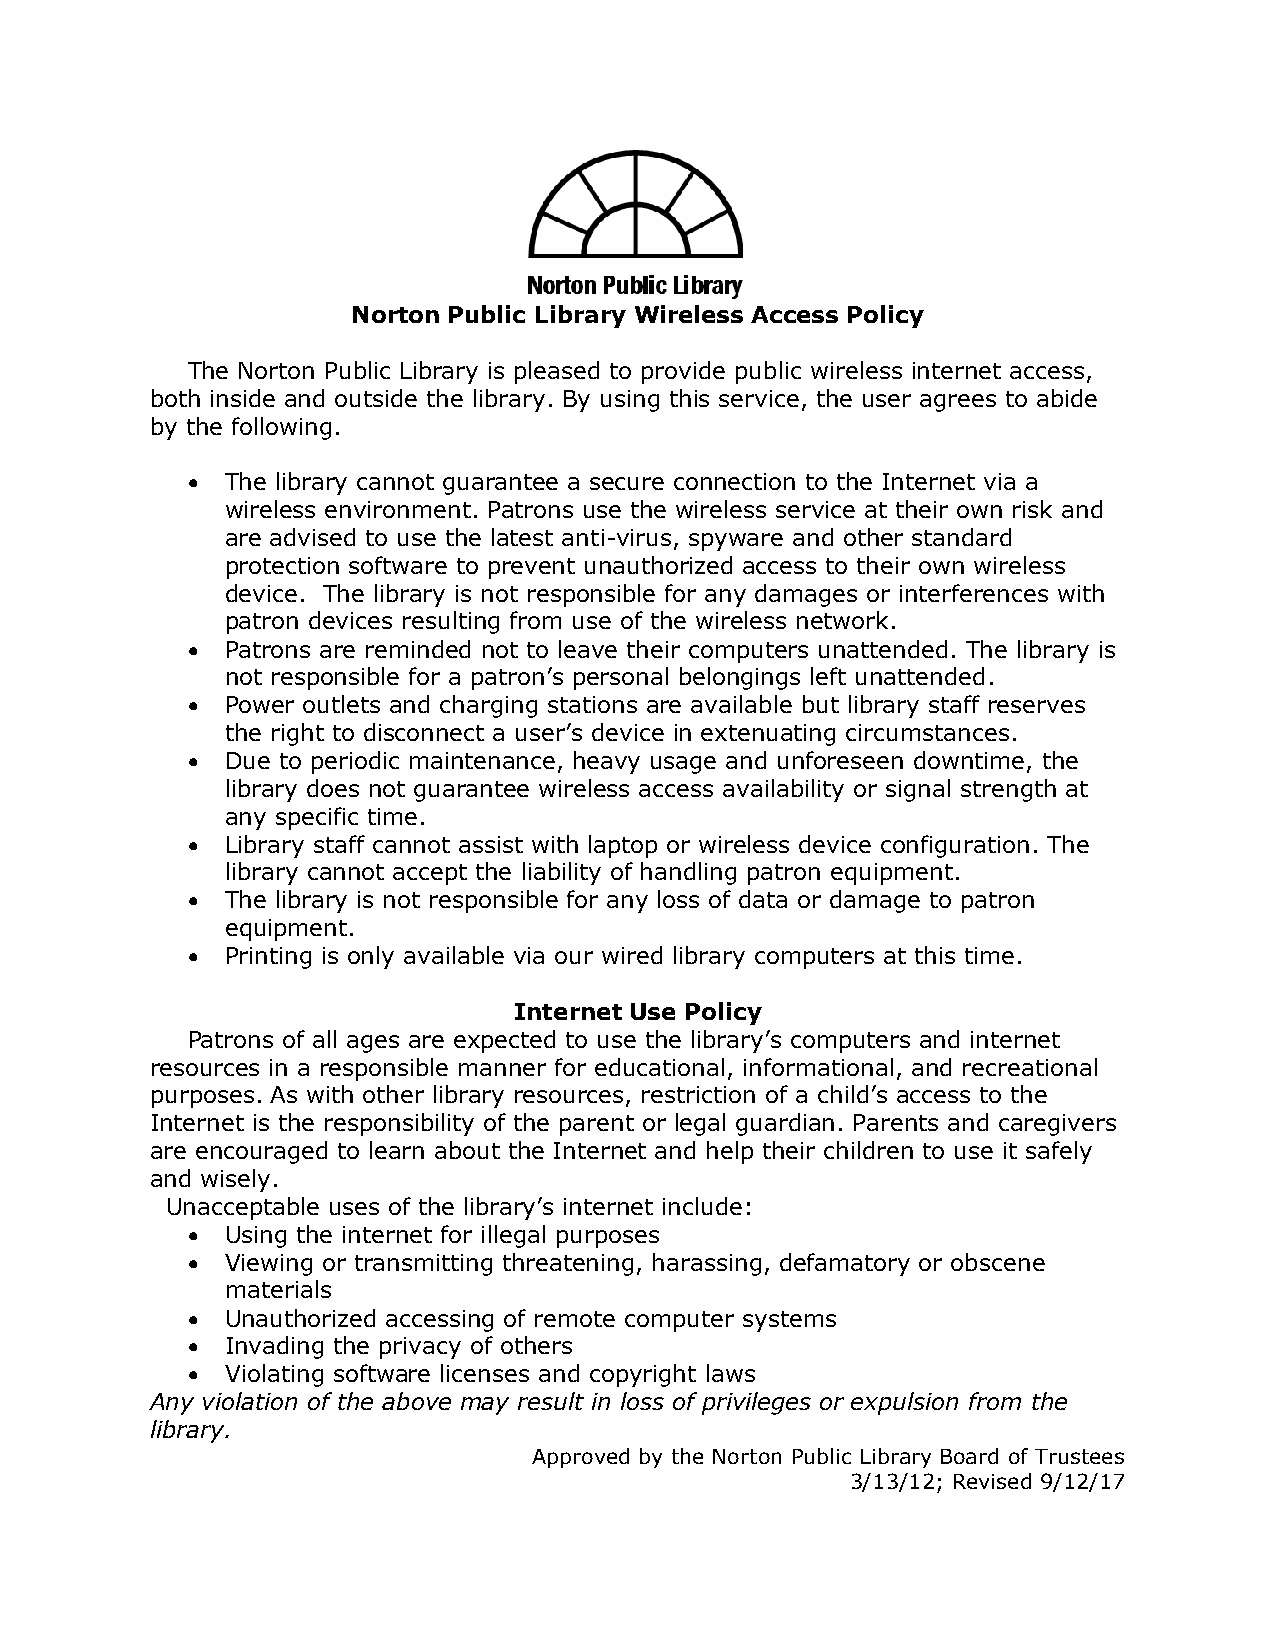
Norton Public Library Wireless Access Policy
 The Norton Public Library is pleased to provide public wireless internet access,
 both inside and outside the library. By using this service, the user agrees to abide
 by the following.
   The library cannot guarantee a secure connection to the Internet via a
 wireless environment. Patrons use the wireless service at their own risk and
 are advised to use the latest anti-virus, spyware and other standard
 protection software to prevent unauthorized access to their own wireless
 device. The library is not responsible for any damages or interferences with
 patron devices resulting from use of the wireless network.
   Patrons are reminded not to leave their computers unattended. The library is
 not responsible for a patron’s personal belongings left unattended.
   Power outlets and charging stations are available but library staff reserves
 the right to disconnect a user’s device in extenuating circumstances.
   Due to periodic maintenance, heavy usage and unforeseen downtime, the
 library does not guarantee wireless access availability or signal strength at
 any specific time.
   Library staff cannot assist with laptop or wireless device configuration. The
 library cannot accept the liability of handling patron equipment.
   The library is not responsible for any loss of data or damage to patron
 equipment.
   Printing is only available via our wired library computers at this time.
 Internet Use Policy
 Patrons of all ages are expected to use the library’s computers and internet
 resources in a responsible manner for educational, informational, and recreational
 purposes. As with other library resources, restriction of a child’s access to the
 Internet is the responsibility of the parent or legal guardian. Parents and caregivers
 are encouraged to learn about the Internet and help their children to use it safely
 and wisely.
 Unacceptable uses of the library’s internet include:
   Using the internet for illegal purposes
   Viewing or transmitting threatening, harassing, defamatory or obscene
 materials
   Unauthorized accessing of remote computer systems
   Invading the privacy of others
   Violating software licenses and copyright laws
 Any violation of the above may result in loss of privileges or expulsion from the
 library.
 Approved by the Norton Public Library Board of Trustees
 3/13/12; Revised 9/12/17